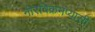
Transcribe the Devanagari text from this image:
नीरविक्रमप्यासी